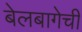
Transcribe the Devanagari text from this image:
बेलबागेची